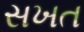
સખત